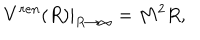
LaTeX: \left. V ^ { r e n } ( R ) \right| _ { R \to \infty } = M ^ { 2 } R ,